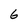
Character: 6